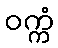
ဝက္ကံ